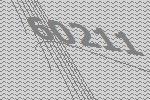
60211